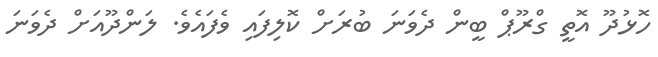
ހޮޅުދޫ އޮތީ ގްރޫޕް ބީން ދެވަނަ ބުރަށް ކޮލިފައި ވެފައެވެ. ލަންދޫއަށް ދެވަނަ